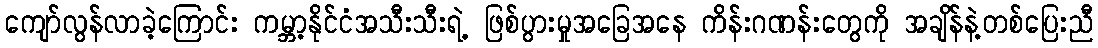
ကျော်လွန်လာခဲ့ကြောင်း ကမ္ဘာ့နိုင်ငံအသီးသီးရဲ့ ဖြစ်ပွားမှုအခြေအနေ ကိန်းဂဏန်းတွေကို အချိန်နဲ့တစ်ပြေးညီ